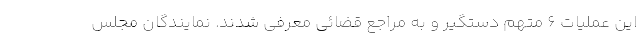
این عملیات 6 متهم دستگیر و به مراجع قضائی معرفی شدند. نمایندگان مجلس